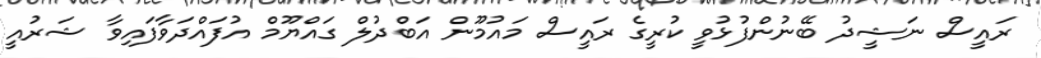
ރައީސް ނަޝީދު ބޭނުންފުޅުވީ ކުރީގެ ރައީސް މައުމޫން އަބްދުލް ގައްޔޫމް އުފައްދަވާފައިވާ ޝަރުއީ